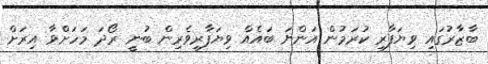
ބާޒާރުގައި ވިޔަފާރި ކުރަމުން އަންނަ ބައެއް ވިޔަފާރިވެރިން ބުނީ ރޯދަ މަހަށްވާ އިރަށް